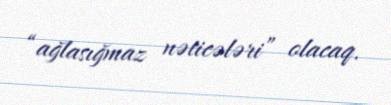
“ağlasığmaz nəticələri” olacaq.